Vaccination in Bombay 1874-1876 - 1874-1876
Year: 1874
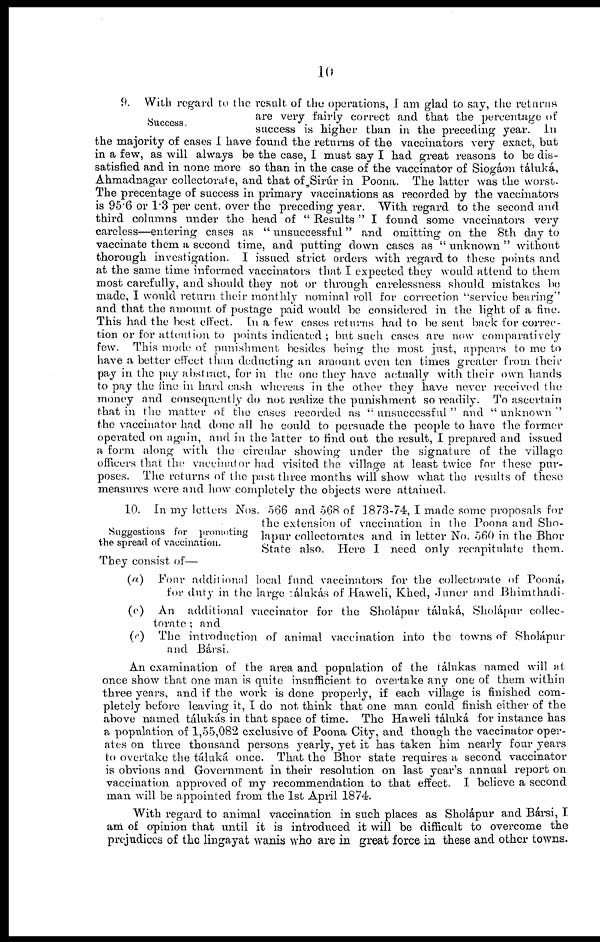
10
Success.
9. With regard to the result of the operations, I am glad to say, the returns
are very fairly correct and that the percentage of
success is higher than in the preceding year. In
the majority of cases I have found the returns of the vaccinators very exact, but
in a few, as will always be the case, I must say I had great reasons to be dis-
satisfied and in none more so than in the case of the vaccinator of Siogáon táluká,
Ahmadnagar collectorate, and that of Sirúr in Poona. The latter was the worst.
The precentage of success in primary vaccinations as recorded by the vaccinators
is 95.6 or 1.3 per cent. over the preceding year. With regard to the second and
third columns under the head of " Results " I found some vaccinators very
careless—entering cases as " unsuccessful " and omitting on the 8th day to
vaccinate them a second time, and putting down cases as " unknown " without
thorough investigation. I issued strict orders with regard to these points and
at the same time informed vaccinators that I expected they would attend to them
most carefully, and should they not or through carelessness should mistakes be
made, I would return their monthly nominal roll for correction "service bearing"
and that the amount of postage paid would be considered in the light of a fine.
This had the best effect. In a few cases returns had to be sent back for correc-
tion or for attention to points indicated ; but such cases are now comparatively
few. This mode of punishment besides being the most just, appears to me to
have a better effect than deducting an amount even ten times greater from their
pay in the pay abstract, for in the one they have actually with their own hands
to pay the fine in hard cash whereas in the other they have never received the
money and consequently do not realize the punishment so readily. To ascertain
that in the matter of the cases recorded as " unsuccessful " and " unknown "
the vaccinator had done all the could to persuade the people to have the former
operated on again, and in the latter to find out the result, I prepared and issued
a form along with the circular showing under the signature of the village
officers that the vaccinator had visited the village at least twice for these pur-
poses. The returns of the past three months will show what the results of these
measures were and how completely the objects were attained.
Suggestions for promoting
the spread of vaccination.
10. In my letters Nos. 566 and 568 of 1873-74, I made some proposals for
the extension of vaccination in the Poona and Sho-
lapur collectorates and in letter No. 560 in the Bhor
State also. Here I need only recapitulate them.
They consist of—
(a) Four additional local fund vaccinators for the collectorate of Pooná,
for duty in the large tálukás of Haweli, Khed, Juner and Bhimthadi-
(c) An additional vaccinator for the Sholápur táluká, Sholápur collec-
torate ; and
(c) The introduction of animal vaccination into the towns of Sholápur
and Bársi.
An examination of the area and population of the tálukas named will at
once show that one man is quite insufficient to overtake any one of them within
three years, and if the work is done properly, if each village is finished com-
pletely before leaving it, I do not think that one man could finish either of the
above named tálukás in that space of time. The Haweli táluká for instance has
a population of 1,55,082 exclusive of Poona City, and though the vaccinator oper-
ates on three thousand persons yearly, yet it has taken him nearly four years
to overtake the táluká once. That the Bhor state requires a second vaccinator
is obvious and Government in their resolution on last year's annual report on
vaccination approved of my recommendation to that effect. I believe a second
man will be appointed from the 1st April 1874.
With regard to animal vaccination in such places as Sholápur and Bársi, I
am of opinion that until it is introduced it will be difficult to overcome the
prejudices of the lingayat wanis who are in great force in these and other towns.